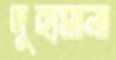
দুহ্যমানা